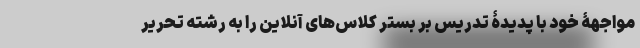
مواجهۀ خود با پدیدۀ تدریس بر بستر کلاس‌های آنلاین را به رشته‌ تحریر